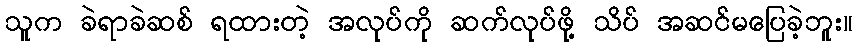
သူက ခဲရာခဲဆစ် ရထားတဲ့ အလုပ်ကို ဆက်လုပ်ဖို့ သိပ် အဆင်မပြေခဲ့ဘူး။